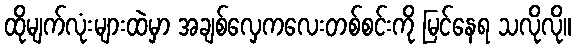
ထိုမျက်လုံးများထဲမှာ အချစ်လှေကလေးတစ်စင်းကို မြင်နေရ သလိုလို။